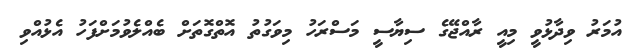
އުމަރު ވިދާޅުވީ މިއީ ރާއްޖޭގެ ސިޔާސީ މަސްރަހު މިވަގުތު އޮތްގޮތަށް ބެއްލެވުމަށްފަހު އެޅުއްވި